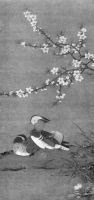
桃花春水渌，水上鸳鸯浴。